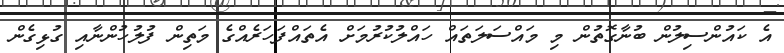
އެ ކައުންސިލުން ބުނާގޮތުން މި މައްސަލަތައް ހައްލުކުރުމަށް އެތައްފަހަރެއްގެ މަތިން ފުލުހުންނާއި ގުޅިގެން